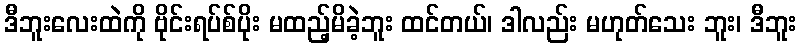
ဒီဘူးလေးထဲကို ဗိုင်းရပ်စ်ပိုး မထည့်မိခဲ့ဘူး ထင်တယ်၊ ဒါလည်း မဟုတ်သေး ဘူး၊ ဒီဘူး